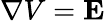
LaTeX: \nabla V=\mathbf{E}